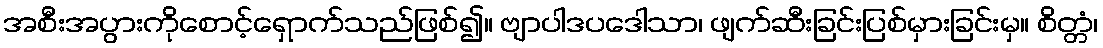
အစီးအပွားကိုစောင့်ရှောက်သည်ဖြစ်၍။ ဗျာပါဒပဒေါသာ၊ ဖျက်ဆီးခြင်းပြစ်မှားခြင်းမှ။ စိတ္တံ၊